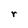
Character: r